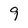
Character: 9